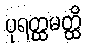
ပုရတ္ထမတ္ထိ